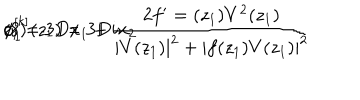
\phi _ { 1 } ^ { [ k ] } ( z _ { 1 } ) = 3 D \frac { 2 f ^ { \prime } = ( z _ { 1 } ) V ^ { 2 } ( z _ { 1 } ) } { | V ( z _ { 1 } ) | ^ { 2 } + | f ( z _ { 1 } ) V ( z _ { 1 } ) | ^ { 2 } } \hspace { 1 c m } z _ { 1 } = 3 D x _ { 1 } + i x _ { 2 } \hspace { 2 . 3 c m } ( 8 )